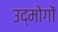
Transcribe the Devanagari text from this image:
उद्मोगों